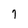
Character: 7